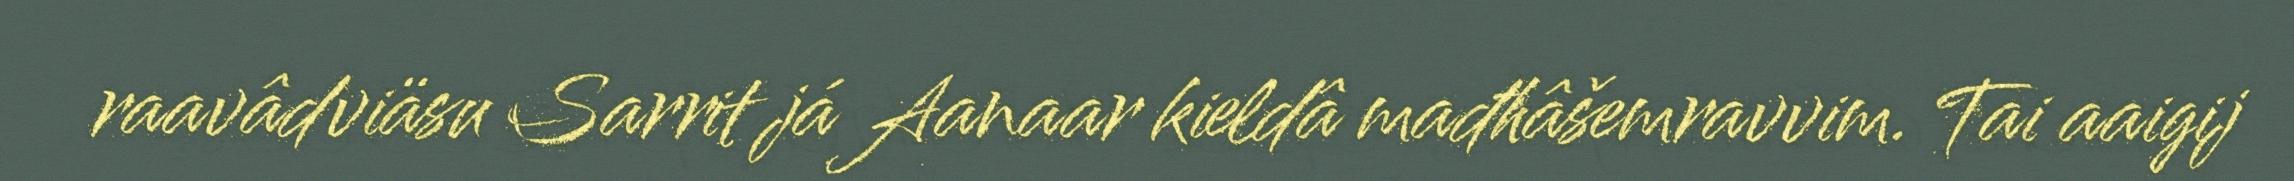
raavâdviäsu Sarrit já Aanaar kieldâ mađhâšemravvim. Tai aaigij